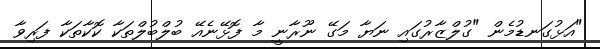
"އަޅުގަނޑުމެން "ގުލްޒާރުގައި ނަޔާ މަގޭ ނޫރާނީ މާ ފޮޅޭނެއޭ ބުލްބުލްތަކާ ކޮކާތަކާ ފަރިވާ